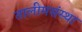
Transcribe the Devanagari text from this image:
तालीमसंस्था